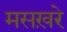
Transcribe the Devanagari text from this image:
मसख़रे